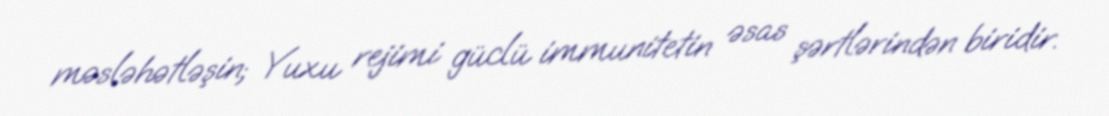
məsləhətləşin; Yuxu rejimi güclü immunitetin əsas şərtlərindən biridir.